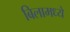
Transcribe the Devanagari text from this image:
बिलामध्ये